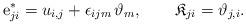
LaTeX: \begin{align*}{\rm e}^*_{ji} = u_{i,j}+ \epsilon_{ijm}\,\vartheta_m, \qquad \mathfrak{K}_{ji} =\vartheta_{j,i}.\end{align*}